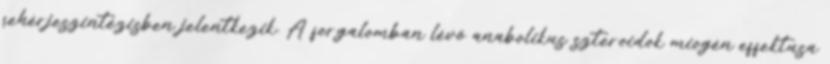
fehérjeszintézisben jelentkezik. A forgalomban lévő anabolikus szteroidok miogén effektusa